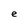
Character: e